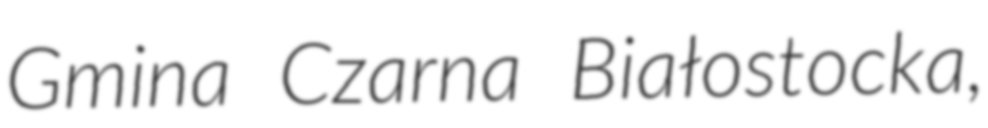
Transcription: Gmina Czarna Białostocka,